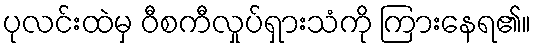
ပုလင်းထဲမှ ဝီစကီလှုပ်ရှားသံကို ကြားနေရ၏။